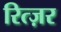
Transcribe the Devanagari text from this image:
रित्ज़र